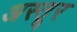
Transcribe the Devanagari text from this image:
अस्तूर